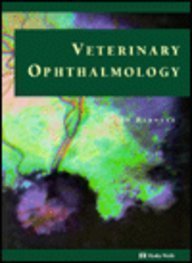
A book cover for Veterinary Ophthalmology, 1e; Keith C. Barnett OBE  MA  PhD  BSc  DVOphthal  FRCVS  DipECVO; Medical Books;